Report of the Indian Hemp Drugs Commission, 1894-1895 - Volume V
Year: 1894
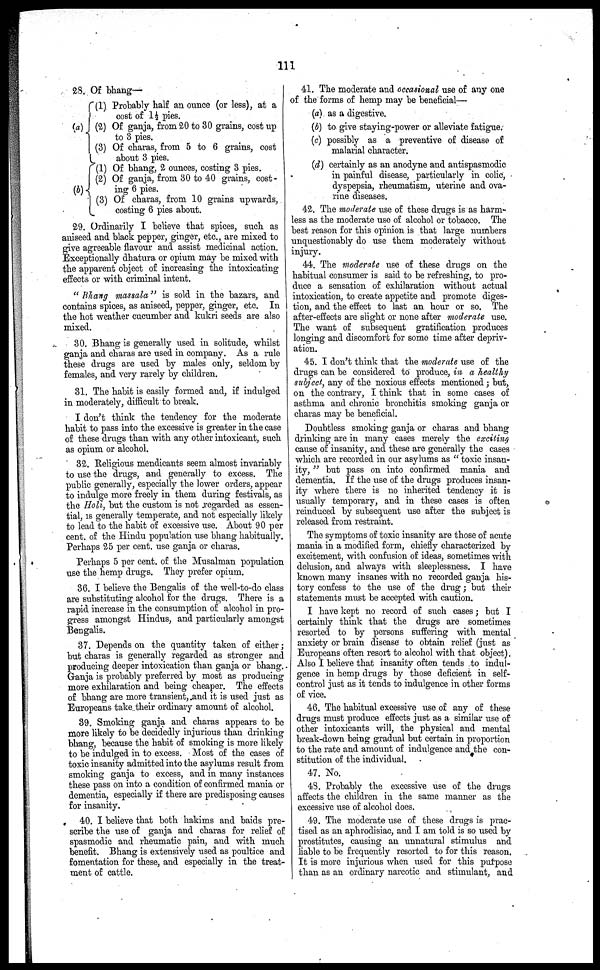
111
28. Of bhang—
(a)
(l) Probably half an ounce (or less), at a
cost of 1½ pies.
(2) Of ganja, from 20 to SO grains, cost up
to 3 pies.
(3) Of charas, from 5 to 6 grains, cost
about 3 pies.
(b)(1) Of bhang, 2 ounces, costing 3 pies.
(2) Of ganja, from 30 to 40 grains, cost-
ing 6 pies.
(3) Of charas, from 10 grains upwards,
costing 6 pies about.
29. Ordinarily I believe that spices, such as
aniseed and black pepper, ginger, etc., are mixed to
give agreeable flavour and assist medicinal action.
Exceptionally dhatura or opium may be mixed with
the apparent object of increasing the intoxicating
effects or with criminal intent.
" Bhang massala" is sold in the bazars, and
contains spices, as aniseed, pepper, ginger, etc. In
the hot weather cucumber and kukri seeds are also
mixed.
30. Bhang is generally used in solitude, whilst
ganja and charas are used in company. As a rule
these drugs are used by males only, seldom by
females, and very rarely by children.
81. The habit is easily formed and, if indulged
in moderately, difficult to break.
I don't think the tendency for the moderate
habit to pass into the excessive is greater in the case
of these drugs than with any other intoxicant, such
as opium or alcohol.
82. Religious mendicants seem almost invariably
to use the drugs, and generally to excess. The
public generally, especially the lower orders, appear
to indulge more freely in them during festivals, as
the Holi, but the custom is not regarded as essen-
tial, is generally temperate, and not especially likely
to lead to the habit of excessive use. About 90 per
cent. of the Hindu population use bhang habitually.
Perhaps 25 per cent. use ganja or charas.
Perhaps 5 per cent. of the Musalman population
use the hemp drugs. They prefer opium.
36. I believe the Bengalis of the well-to-do class
are substituting alcohol for the drugs. There is a
rapid increase in the consumption of alcohol in pro-
gress amongst Hindus, and particularly amongst
Bengalis.
37. Depends on the quantity taken of either;
but charas is generally regarded as stronger and
producing deeper intoxication than ganja or bhang.
Ganja is probably preferred by most as producing
more exhilaration and being cheaper. The effects
of bhang are more transient, and it is used just as
Europeans take their ordinary amount of alcohol.
89. Smoking ganja and charas appears to be
more likely to be decidedly injurious than drinking
bhang, because the habit of smoking is more likely
to be indulged in to excess. Most of the cases of
toxic insanity admitted into the asylums result from
smoking ganja to excess, and in many instances
these pass on into a condition of confirmed mania or
dementia, especially if there are predisposing causes
for insanity.
40. I believe that both hakims and baids pre-
scribe the use of ganja and charas for relief of
spasmodic and rheumatic pain, and with much
benefit. Bhang is extensively used as poultice and
fomentation for these, and especially in the treat-
ment of cattle.
41. The moderate and occasional use of any one
of the forms of hemp may be beneficial—
(a) as a digestive.
(b) to give staying-power or alleviate fatigue.
(c) possibly as a preventive of disease of
malarial character.
(d) certainly as an anodyne and antispasmodic
in painful disease, particularly in colic,
dyspepsia, rheumatism, uterine and ova-
rine diseases.
42. The moderate use of these drugs is as harm-
less as the moderate use of alcohol or tobacco. The
best reason for this opinion is that large numbers
unquestionably do use them moderately without
injury.
44. The moderate use of these drugs on the
habitual consumer is said to be refreshing, to pro-
duce a sensation of exhilaration without actual
intoxication, to create appetite and promote diges-
tion, and the effect to last an hour or so. The
after-effects are slight or none after moderate use.
The want of subsequent gratification produces
longing and discomfort for some time after depriv-
ation.
45. I don't think that the moderate use of the
drugs can be considered to produce, in a healthy
subject, any of the noxious effects mentioned; but,
on the contrary, I think that in some cases of
asthma and chronic bronchitis smoking ganja or
charas may be beneficial.
Doubtless smoking ganja or charas and bhang
drinking are in many cases merely the exciting
cause of insanity, and these are generally the cases
which are recorded in our asylums as " toxic insan-
ity, " but pass on into confirmed mania and
dementia. If the use of the drugs produces insan-
ity where there is no inherited tendency it is
usually temporary, and in these cases is often
reinduced by subsequent use after the subject is
released from restraint.
The symptoms of toxic insanity are those of acute
mania in a modified form, chiefly characterized by
excitement, with confusion of ideas, sometimes with
delusion, and always with sleeplessness. I have
known many insanes with no recorded ganja his-
tory confess to the use of the drug; but their
statements must be accepted with caution.
I have kept no record of such cases; but I
certainly think that the drugs are sometimes
resorted to by persons suffering with mental
anxiety or brain disease to obtain relief (just as
Europeans often resort to alcohol with that object).
Also I believe that insanity often tends to indul-
gence in hemp drugs by those deficient in self-
control just as it tends to indulgence in other forms
of vice.
46. The habitual excessive use of any of these
drugs must produce effects just as a similar use of
other intoxicants will, the physical and mental
break-down being gradual but certain in proportion
to the rate and amount of indulgence and the con-
stitution of the individual.
47. No.
48. Probably the excessive use of the drugs
affects the children in the same manner as the
excessive use of alcohol does.
49. The moderate use of these drugs is prac-
tised as an aphrodisiac, and I am told is so used by
prostitutes, causing an unnatural stimulus and
liable to be frequently resorted to for this reason.
It is more injurious when used for this purpose
than as an ordinary narcotic and stimulant, and